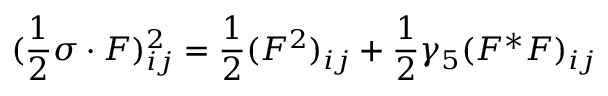
( \frac { 1 } { 2 } \sigma \cdot F ) _ { i j } ^ { 2 } = \frac { 1 } { 2 } ( F ^ { 2 } ) _ { i j } + \frac { 1 } { 2 } \gamma _ { 5 } ( F ^ { * } F ) _ { i j }